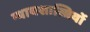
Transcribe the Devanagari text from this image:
न्यायशास्त्रियों